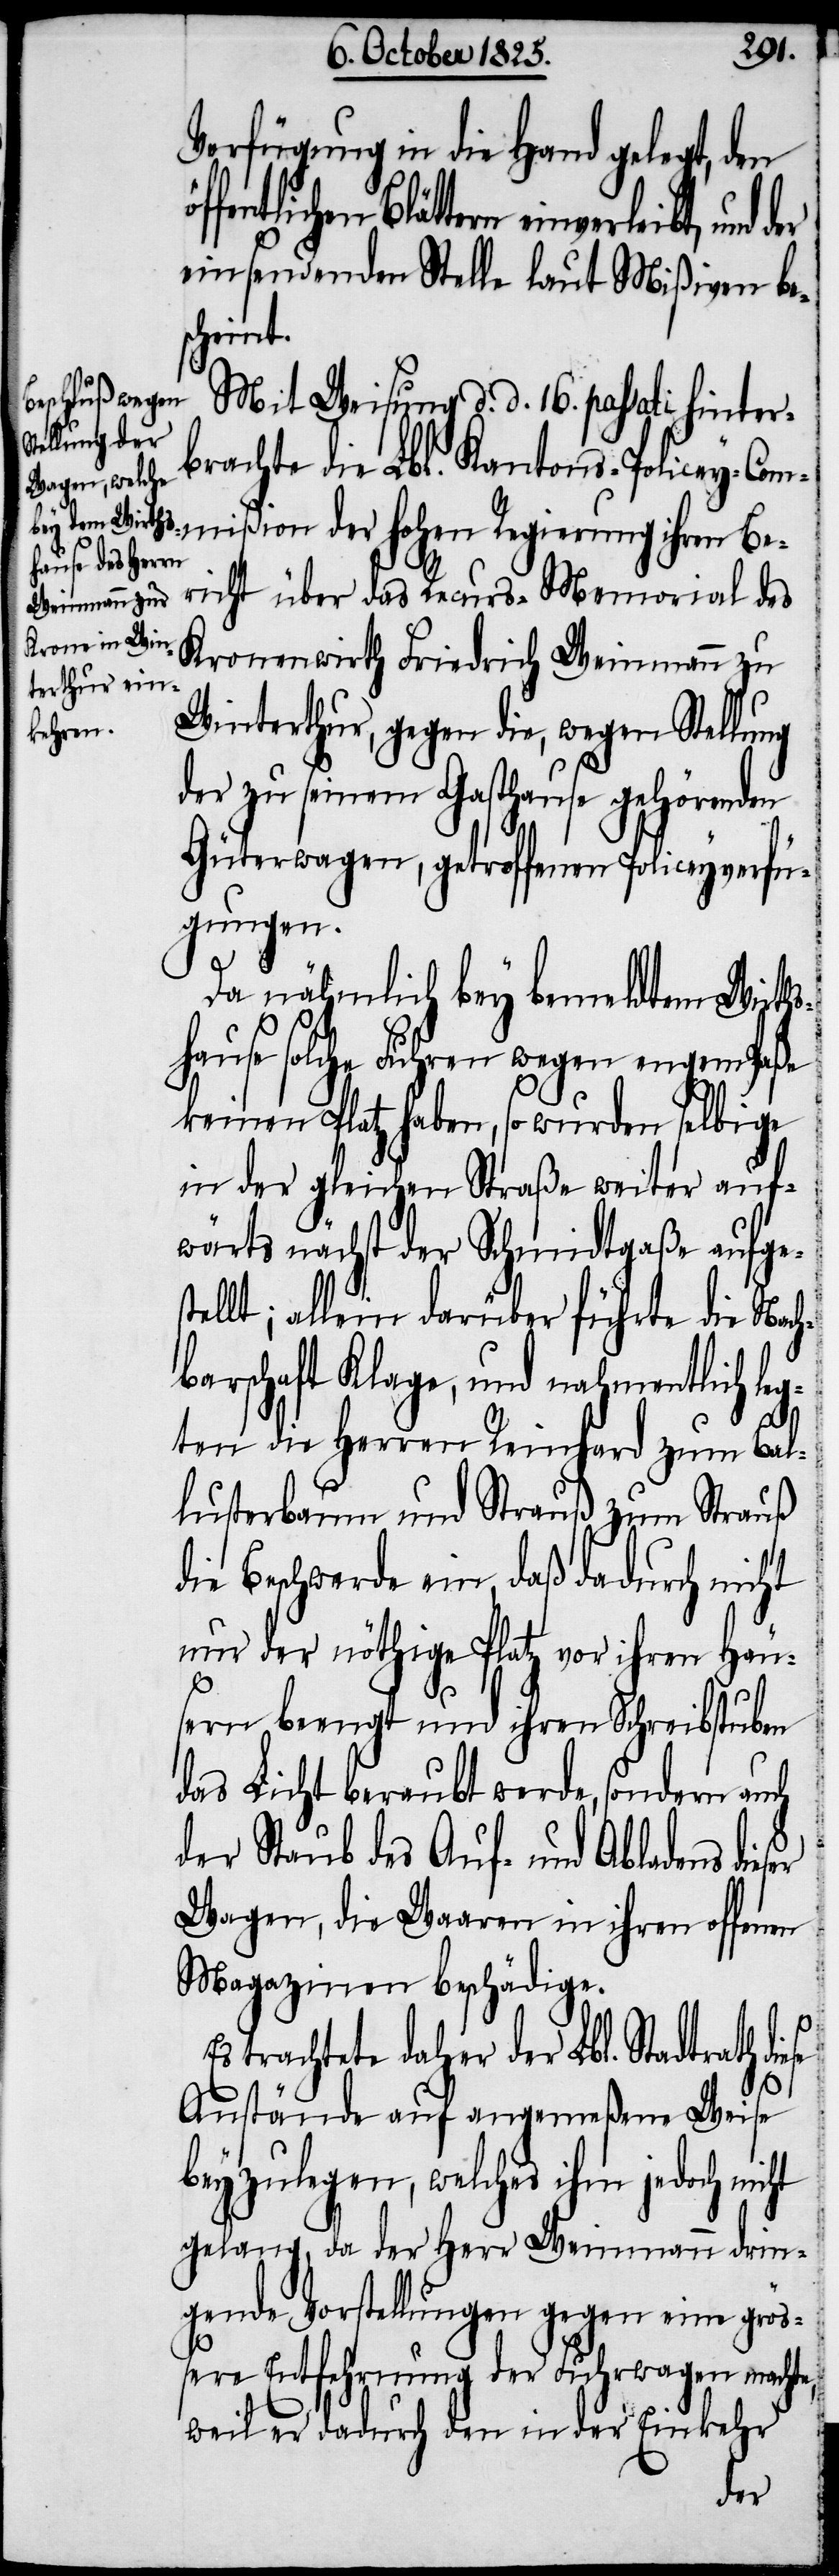
Verfügung in die Hand gelegt, den
Blättern einverleibt, und
einsendenden Stelle laut Mißiven bes¬
stel¬
Mit Weisung d. d. 16. passati hinter¬
brachte die Lbl. Kantons-Policey-Com¬
mißion der hohen Regierung ihren Be¬
richt über das Recurs-Memorial des
Kronenwirth Friedrich Weinmann zu
Winterthur, gegen die, wegen Stellung
der zu seinem Gasthause gehörenden
Güterwagen, getroffenen Policeyverfü¬
gungen.
Da nähmlich bey bemeldten Wirths¬
hause solche Fuhren wegen engem Paße
keinen Platz haben, so wurden selbige
in der gleichen Straße weiter auf¬
wärts nächst der Schmidtgaße aufge¬
lt; allein darüber führte die Nac¬
hbarschaft Klage, und nahmentlich leg¬
ten die Herren Reinhard zum Ba¬
lusterbaum und Strauß zum Strauß
die Beschwerde ein, daß dadurch nicht
nur der nöthige Platz vor ihren Häu¬
sern beengt und ihren Schreibstuben
das Licht beraubt werde, sondern auch
der Staub des Auf- und Abladens dies¬
Wagen, die Waaren in ihren offenen
Magazinen beschädige.
trachtete daher der Lbl. Stadtrath
Anstände auf angemeßene Weise
beyzulegen, welches ihm jedoch nicht
gelang, da der Herr Weinmann drin¬
gende Vorstellungen gegen eine grö¬
ßere Entfernung der Fuhrwagen machte,
weil er dadurch den in der Einkehr
er